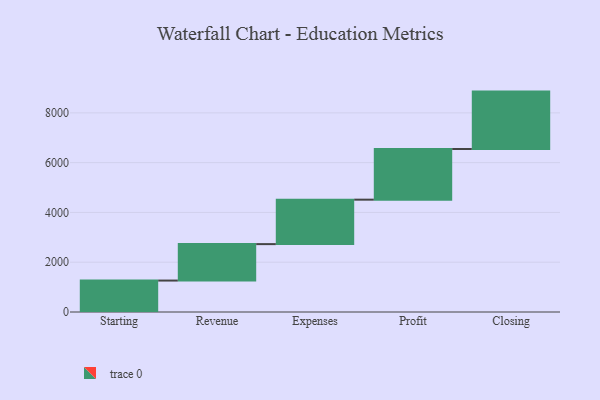
{"axis": {"x": "Step", "y": "Value"}, "legend": [""], "data": [{"x": "Starting", "y": 1263.0, "type": ""}, {"x": "Revenue", "y": 1464.0, "type": ""}, {"x": "Expenses", "y": 1786.0, "type": ""}, {"x": "Profit", "y": 2036.0, "type": ""}, {"x": "Closing", "y": 2305.0, "type": ""}]}